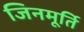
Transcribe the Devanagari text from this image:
जिनमूर्ति